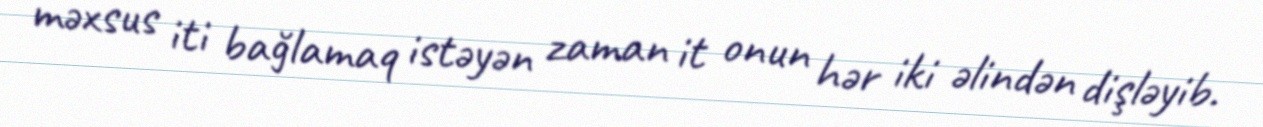
məxsus iti bağlamaq istəyən zaman it onun hər iki əlindən dişləyib.